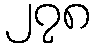
၂၇၈